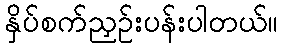
နှိပ်စက်ညှဉ်းပန်းပါတယ်။